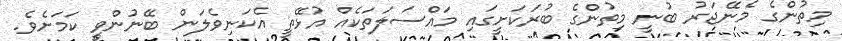
މިތުންގެ މެނޭޖަރު ބުނީ މިތުންގެ ބުރަކަށީގައި މައްސަލަތަކެއް އުޅޭތީ އެކަނިވެލަން ބޭނުންވީ ކަމަށެވެ.